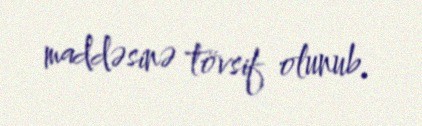
maddəsinə tövsif olunub.